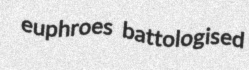
euphroes battologised